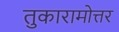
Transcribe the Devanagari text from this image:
तुकारामोत्तर